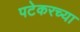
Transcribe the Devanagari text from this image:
पटेकरच्या